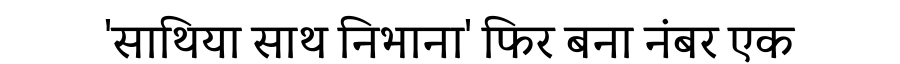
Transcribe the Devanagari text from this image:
'साथिया साथ निभाना' फिर बना नंबर एक